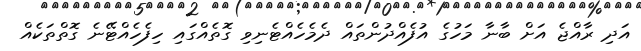
އަދި ރާއްޖެ އަށް ބާނާ މަހުގެ އުފެއްދުންތައް ދެމެހެއްޓެނިވި ގޮތެއްގައި ހިފެހެއްޓޭނެ ގޮތްތަކެއް